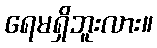
ရေမရှိဘူးလား။